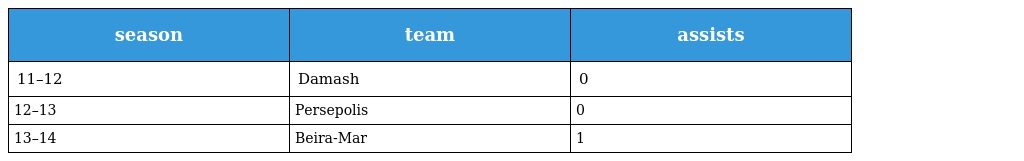
| season | team | assists |
 | --- | --- | --- |
 | 11–12 | Damash | 0 |
 | 12–13 | Persepolis | 0 |
 | 13–14 | Beira-Mar | 1 |